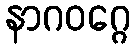
နာဂဝဂ္ဂေ